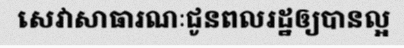
សេវាសាធារណៈជូនពលរដ្ឋឲ្យបានល្អ